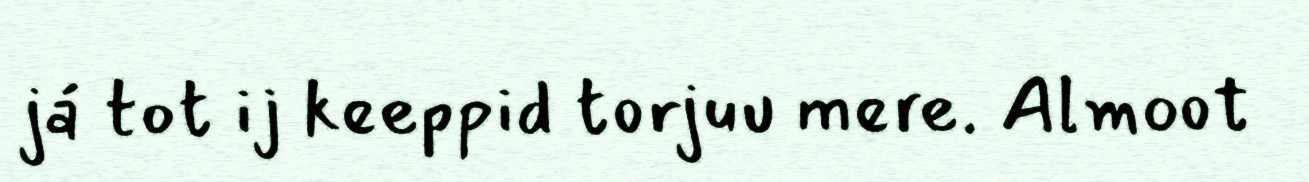
já tot ij keeppid torjuu mere. Almoot